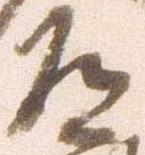
道